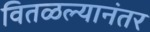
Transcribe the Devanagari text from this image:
वितळल्यानंतर